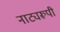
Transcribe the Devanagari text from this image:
नाट्यरूपी